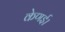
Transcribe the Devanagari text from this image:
केणई।